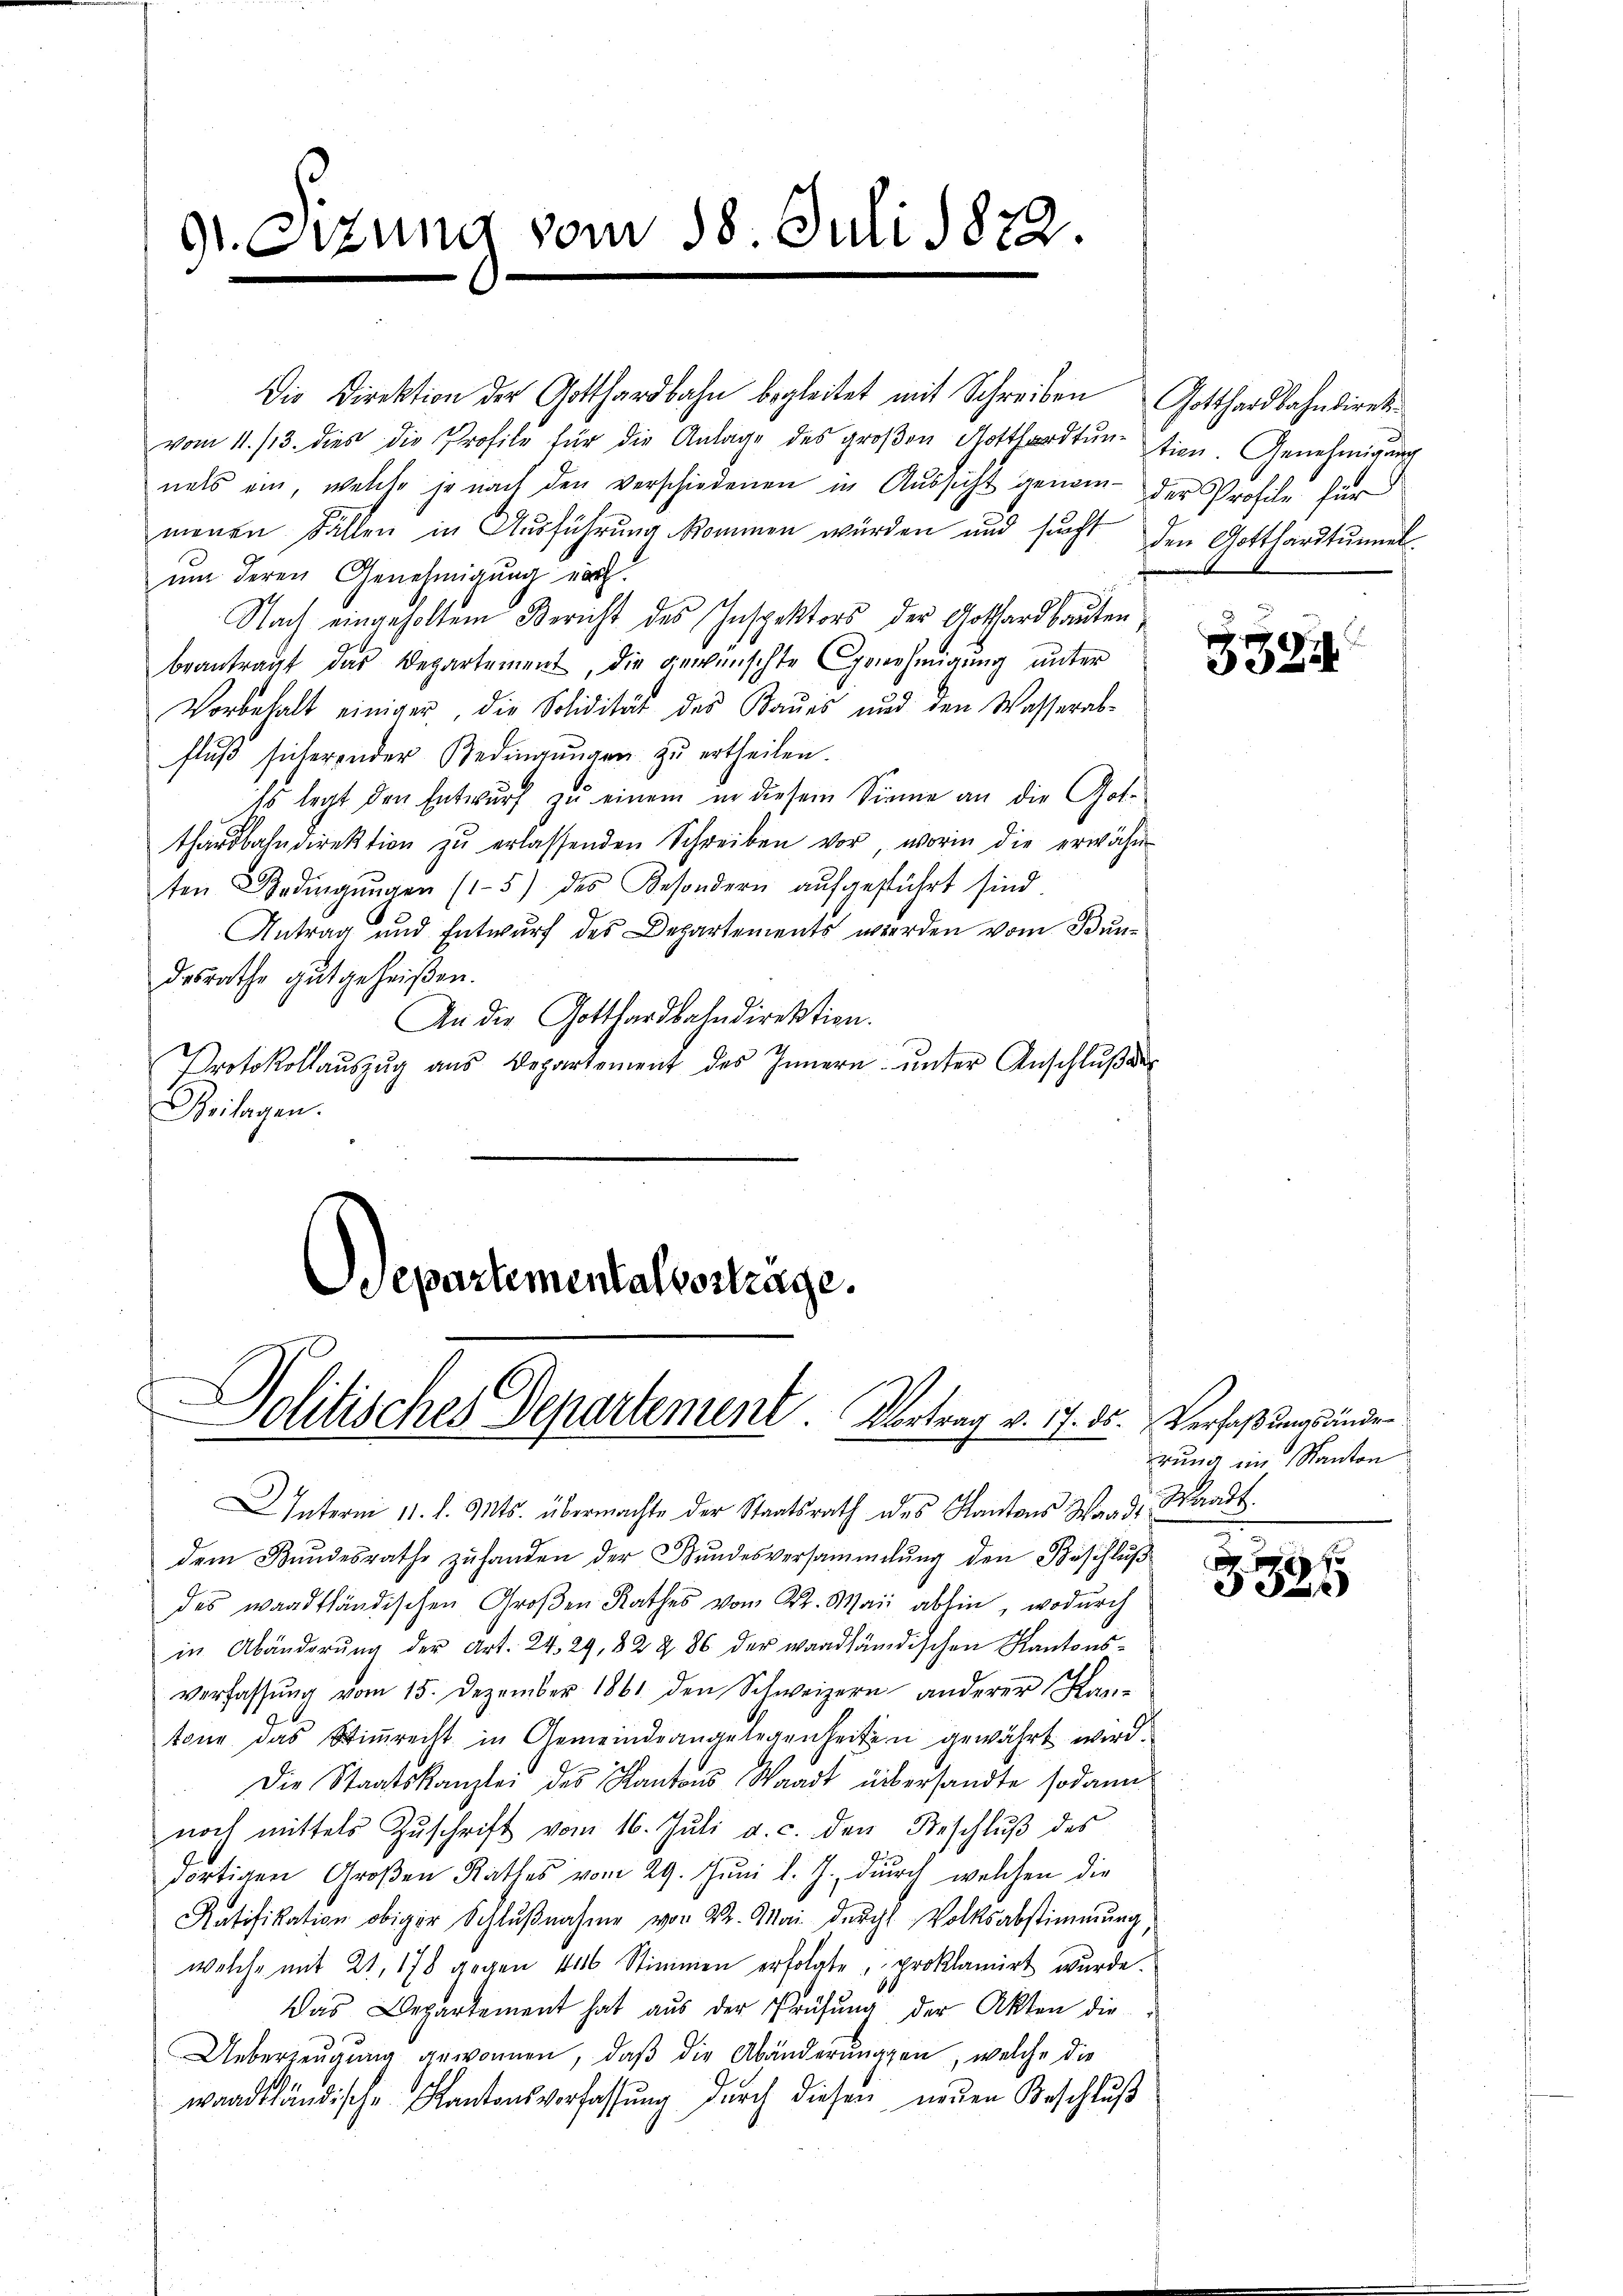
91. Sizung vom 18. Juli 1872.

Die Direktion der Gotthardbahn begleitet mit Schreiben Gotthardbahndirekvom 11. 13. dies die Profile für die Anlage des groβen Notthardtŭntion. Genehmigung
nals ein, welche je nach den verschiedenen in Aŭssicht genom- der Profile für
menen Fällen in Ausführung kommen würden und sucht den Gotthardtunnel
um deren Genehmigung war.
Nach eingeholtem Bericht des Inspektors der Gothardbauten
beantragt das Departement, die gewünschte Genehmigung unter
Vorbehalt einiger, die Solidität des Baŭis und den Wasserab-
fluß sicherender Bedingungen zu ertheilen.
Es legt den Entwurf zu einem in diesem Sinne an die Gotthardbahndirektion zŭ erlassenden Schreiben vor, worin die erwähn
ten Bedingŭngen (15) des Besondern aŭfgeführt sind
Antrag und Entwurf des Departements werden vom Bundesrathe gutgeheißen.
An die Gotthardbahndirektion.
Protokollaŭszŭg ans Departement des Innern unter Anschluß ang
Beilagen.

Departementalvertrage.
f
Politisches Departement. Vortrag v. 17. 85.
i

Interm 11. d. Mts. übermachte der Staatsrath des Kantons Von d. Waadt.
dem Bundesrathe zŭ handen der Bŭndesversammlung den Beschlŭβ
des waadtländischen Groβen Rathes von Sr. Mai abhin, wodurch
in Abänderŭng der Art. 24. 29, 322. 86 der waadländischen Kantons-
verfassŭng vom 15. Dezember 1861 den Schweizern anderer Kan-
tone das Stimmrecht in Gemeindrangelegenheiten gewährt wird.
1
Die Staatskanzlei des Kantons Waadt übersandte sodann
noch mittels Zŭschrift vom 16. Jŭli a. c. den Beschlŭβ des
dortigen Großen Rathes vom 29. Jŭni l. J. durch welchen die
Ratifikation obiger Schlŭβnahme von 22. Mai durchl. Volksabstimmung,
welche mit 21. 178 gegen 446 Stimmen erfolgte, proklamirt wurde.
Das Departement hat aus der Prüfung der Akten die
Ueberzeugung gewonnen, daß die Abänderungen, welche die
waadtländische Kantonsverfassŭng dŭrch diesen neŭen Beschlŭβ

3324

Verfaßungsände
erung im Kanton

16 x
8x